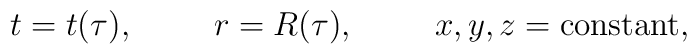
t=t(\tau),\hspace*{1cm} r=R(\tau),\hspace*{1cm}x,y,z={\rm constant},